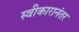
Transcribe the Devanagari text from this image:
स्वीकारानंतर